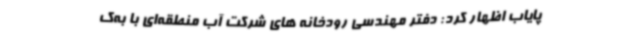
پایاب اظهار کرد: دفتر مهندسی رودخانه های شرکت آب منطقه‌ای با به‌ک